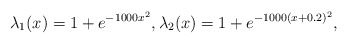
\begin{align*}\lambda_{1}(x)=1+e^{-1000x^2}, \lambda_{2}(x)=1+e^{-1000(x+0.2)^2},\end{align*}